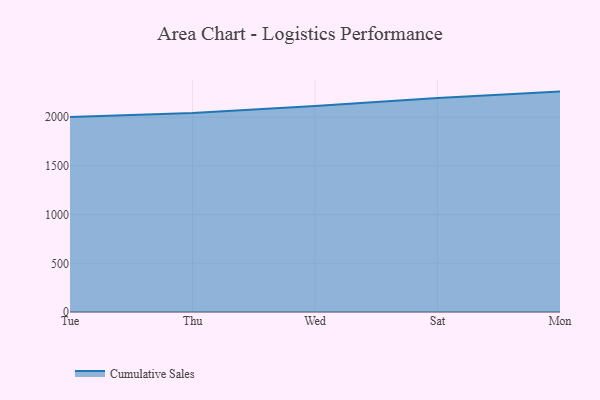
{"axis": {"x": "Day", "y": "Shipments"}, "legend": ["Cumulative Sales"], "data": [{"x": "Tue", "y": 2001.4, "type": "Cumulative Sales"}, {"x": "Thu", "y": 2043.2, "type": "Cumulative Sales"}, {"x": "Wed", "y": 2115.9, "type": "Cumulative Sales"}, {"x": "Sat", "y": 2196.7, "type": "Cumulative Sales"}, {"x": "Mon", "y": 2263.2, "type": "Cumulative Sales"}]}